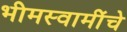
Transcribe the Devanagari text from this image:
भीमस्वामींचे